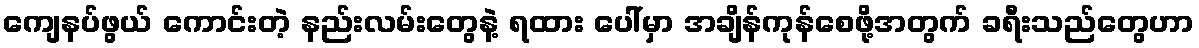
ကျေနပ်ဖွယ် ကောင်းတဲ့ နည်းလမ်းတွေနဲ့ ရထား ပေါ်မှာ အချိန်ကုန်စေဖို့အတွက် ခရီးသည်တွေဟာ